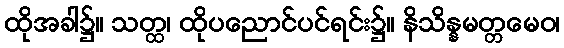
ထိုအခါ၌။ သတ္ထ၊ ထိုပညောင်ပင်ရင်း၌။ နိသိန္နမတ္တမေဝ၊